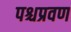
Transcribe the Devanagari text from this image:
पश्चप्रवण